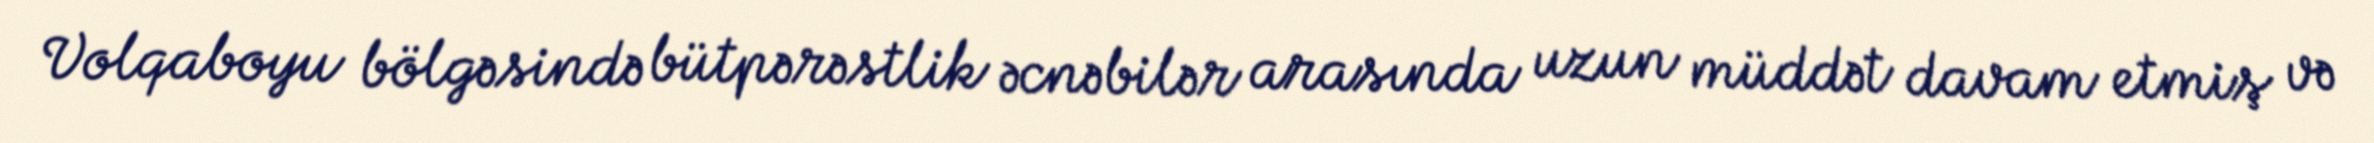
Volqaboyu bölgəsində bütpərəstlik əcnəbilər arasında uzun müddət davam etmiş və